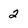
Character: 2